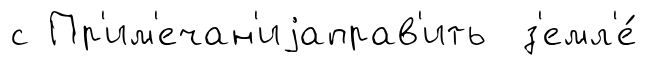
с Пр'им'ечан'иjаправ'ить з'емл'е́